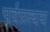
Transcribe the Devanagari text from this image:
पूर्वप्रत्यय